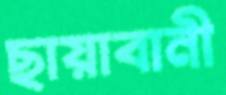
ছায়াবানী